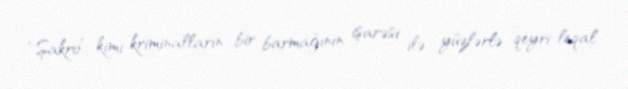
“Şakro” kimi kriminalların bir barmağının işarəsi ilə yüzlərlə qeyri-leqal